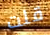
قلت